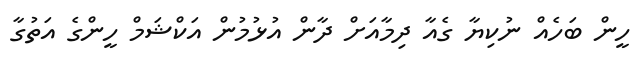
ހީން ބަހެއް ނުކިޔާ ގެއާ ދިމާއަށް ދާން އުޅުމުން އަކްޝަމް ހީންގެ އަތުގާ